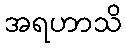
အရဟာသိ